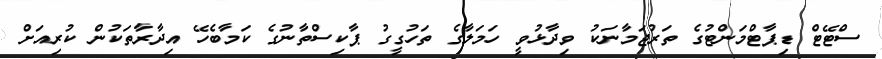
ސްޓޭޓް ޑިޕާޓްމަންޓުގެ ތަރުޖަމާނަކު ވިދާޅުވީ ހަމަލާގެ ތަހުގީގު ޕާކިސްތާނުގެ ކަމާބެހޭ އިދާރާތަކުން ކުރިއަށް